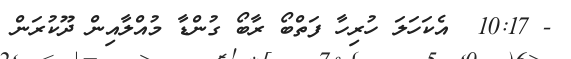
- 10:17  އެކަހަލަ ހުރިހާ ފަތްބޯ ރާބޯ ގުންޑާ މުއްލާއިން ދޫކުރަން